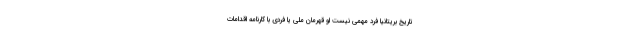
تاریخ بریتانیا فرد مهمی نیست او قهرمان ملی یا فردی با کارنامه اقدامات